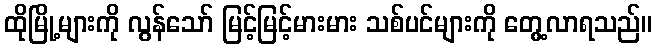
ထိုမြို့များကို လွန်သော် မြင့်မြင့်မားမား သစ်ပင်များကို တွေ့လာရသည်။